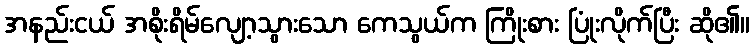
အနည်းငယ် အစိုးရိမ်လျော့သွားသော ကေသွယ်က ကြိုးစား ပြုံးလိုက်ပြီး ဆို၏။